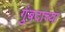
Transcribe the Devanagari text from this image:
गुंबदाच्या